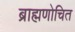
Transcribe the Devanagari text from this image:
ब्राह्मणोचित